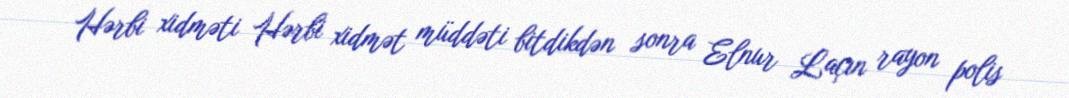
Hərbi xidməti Hərbi xidmət müddəti bitdikdən sonra Elnur Laçın rayon polis